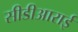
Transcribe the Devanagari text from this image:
सीडीआराई